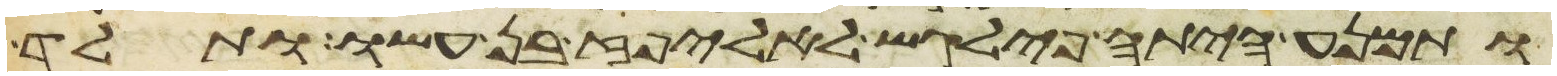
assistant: ותמנע היתה פילגש לאליפז בן עשו ותלד